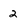
Character: 2